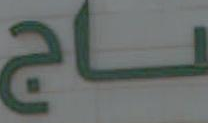
ــاج